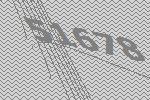
51678